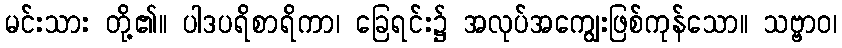
မင်းသား တို့၏။ ပါဒပရိစာရိကာ၊ ခြေရင်း၌ အလုပ်အကျွေးဖြစ်ကုန်သော။ သဗ္ဗာဝ၊